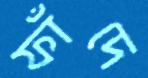
ফাঁদে